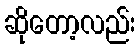
ဆိုတော့လည်း